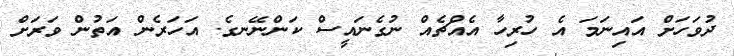
ދުވަހަށް އައިނަމަ އެ ހުރިހާ އެއްޗެއް ނުގެނައީސް ކަންނޭނގެ. އަހަރެން އަތުން ވަރަށް